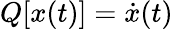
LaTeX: Q[x(t)]={\dot{x}}(t)